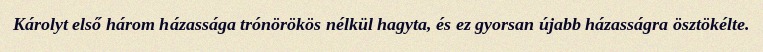
Károlyt első három házassága trónörökös nélkül hagyta, és ez gyorsan újabb házasságra ösztökélte.